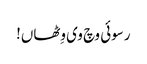
رسوئی وچ وی وِٹھاں!